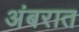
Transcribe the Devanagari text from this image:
अंबरात